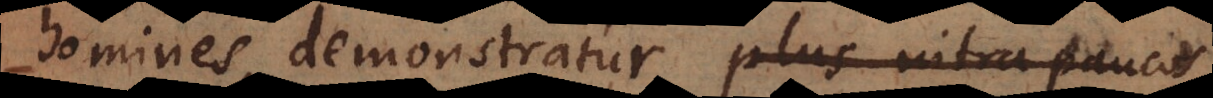
homines, demonstratur plus intra paucos